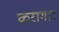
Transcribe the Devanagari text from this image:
करागार